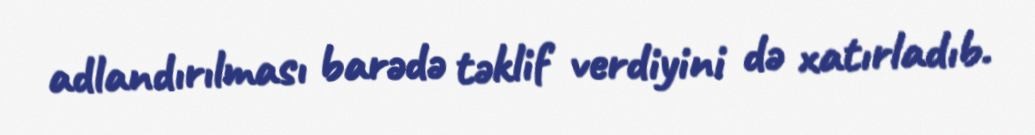
adlandırılması barədə təklif verdiyini də xatırladıb.